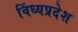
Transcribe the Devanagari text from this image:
विंध्यप्रदेश